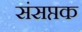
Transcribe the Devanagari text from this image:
संसप्तक